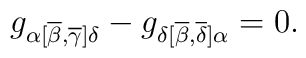
g_{\alpha [ \overline{\beta},\overline{\gamma}]\delta} -g_{\delta [\overline{\beta},\overline{\delta}]\alpha} = 0 .